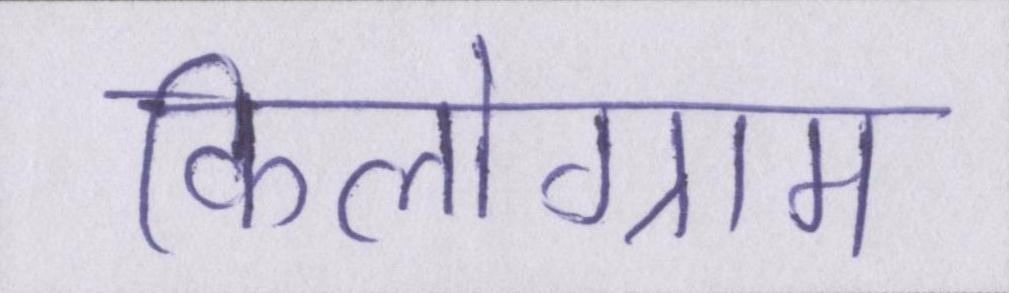
किलोग्राम